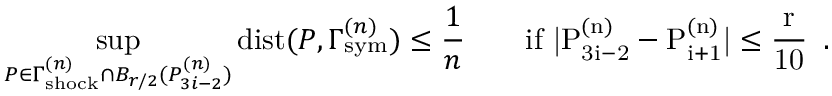
\operatorname* { s u p } _ { P \in \Gamma _ { \mathrm { { s h o c k } } } ^ { ( n ) } \cap B _ { r / 2 } ( P _ { 3 i - 2 } ^ { ( n ) } ) } { \mathrm { d i s t } } ( P , \Gamma _ { \mathrm { { s y m } } } ^ { ( n ) } ) \leq \frac { 1 } { n } \qquad \mathrm { i f ~ | P ^ { ( n ) } _ { 3 i - 2 } - P ^ { ( n ) } _ { i + 1 } | \leq \frac { r } { 1 0 } ~ } \, .